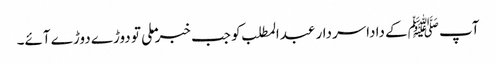
آپ ﷺکے داداسردار عبدالمطلب کو جب خبر ملی تو دوڑے دوڑے آئے۔